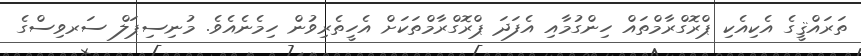
ތަރައްޤީގެ އެކިއެކި ޕްރޮގްރާމްތައް ހިންގުމާއި އެފަދަ ޕްރޮގްރާމްތަކަށް އެހީތެރިވުން ހިމެނެއެވެ. މުނިސިޕަލް ސަރވިސްގެ